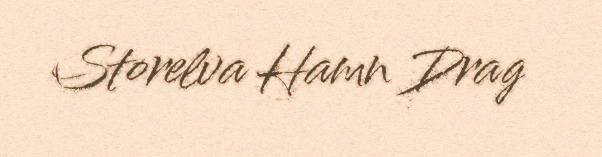
Storelva Hamn Drag